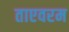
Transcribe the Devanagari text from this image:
ताएवरम